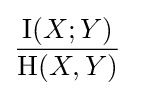
{\frac {\operatorname {I} (X;Y)}{\mathrm {H} (X,Y)}}\;